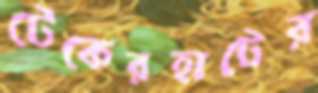
টেকেরহাটের